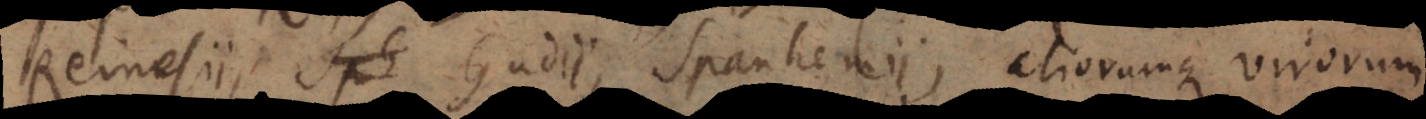
Reinesii, Gudii, Spanhemii, aliorumque virorum